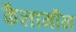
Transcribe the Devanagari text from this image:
कैलामीन